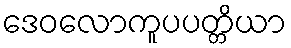
ဒေဝလောကူပပတ္တိယာ